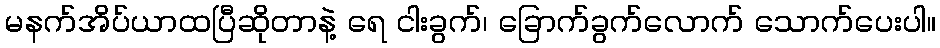
မနက်အိပ်ယာထပြီဆိုတာနဲ့ ရေ ငါးခွက်၊ ခြောက်ခွက်လောက် သောက်ပေးပါ။